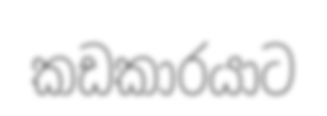
කඩකාරයාට